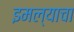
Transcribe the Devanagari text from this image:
इमल्याचा